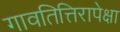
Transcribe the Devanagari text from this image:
गावतित्तिरापेक्षा